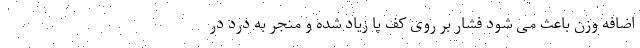
اضافه وزن باعث می شود فشار بر روی کف پا زیاد شده و منجر به درد در